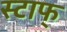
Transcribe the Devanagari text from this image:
स्टाफ्